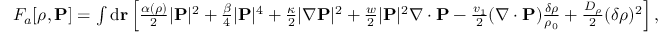
\begin{array} { r } { F _ { a } [ \rho , { \bf P } ] = \int \mathrm { d } { \bf r } \left[ \frac { \alpha ( \rho ) } { 2 } | { \bf P } | ^ { 2 } + \frac { \beta } { 4 } | { \bf P } | ^ { 4 } + \frac { \kappa } { 2 } | \nabla { \bf P } | ^ { 2 } + \frac { w } { 2 } | { \bf P } | ^ { 2 } \nabla \cdot { \bf P } - \frac { v _ { 1 } } { 2 } ( \nabla \cdot { \bf P } ) \frac { \delta \rho } { \rho _ { 0 } } + \frac { D _ { \rho } } { 2 } ( { \delta \rho } ) ^ { 2 } \right] , } \end{array}